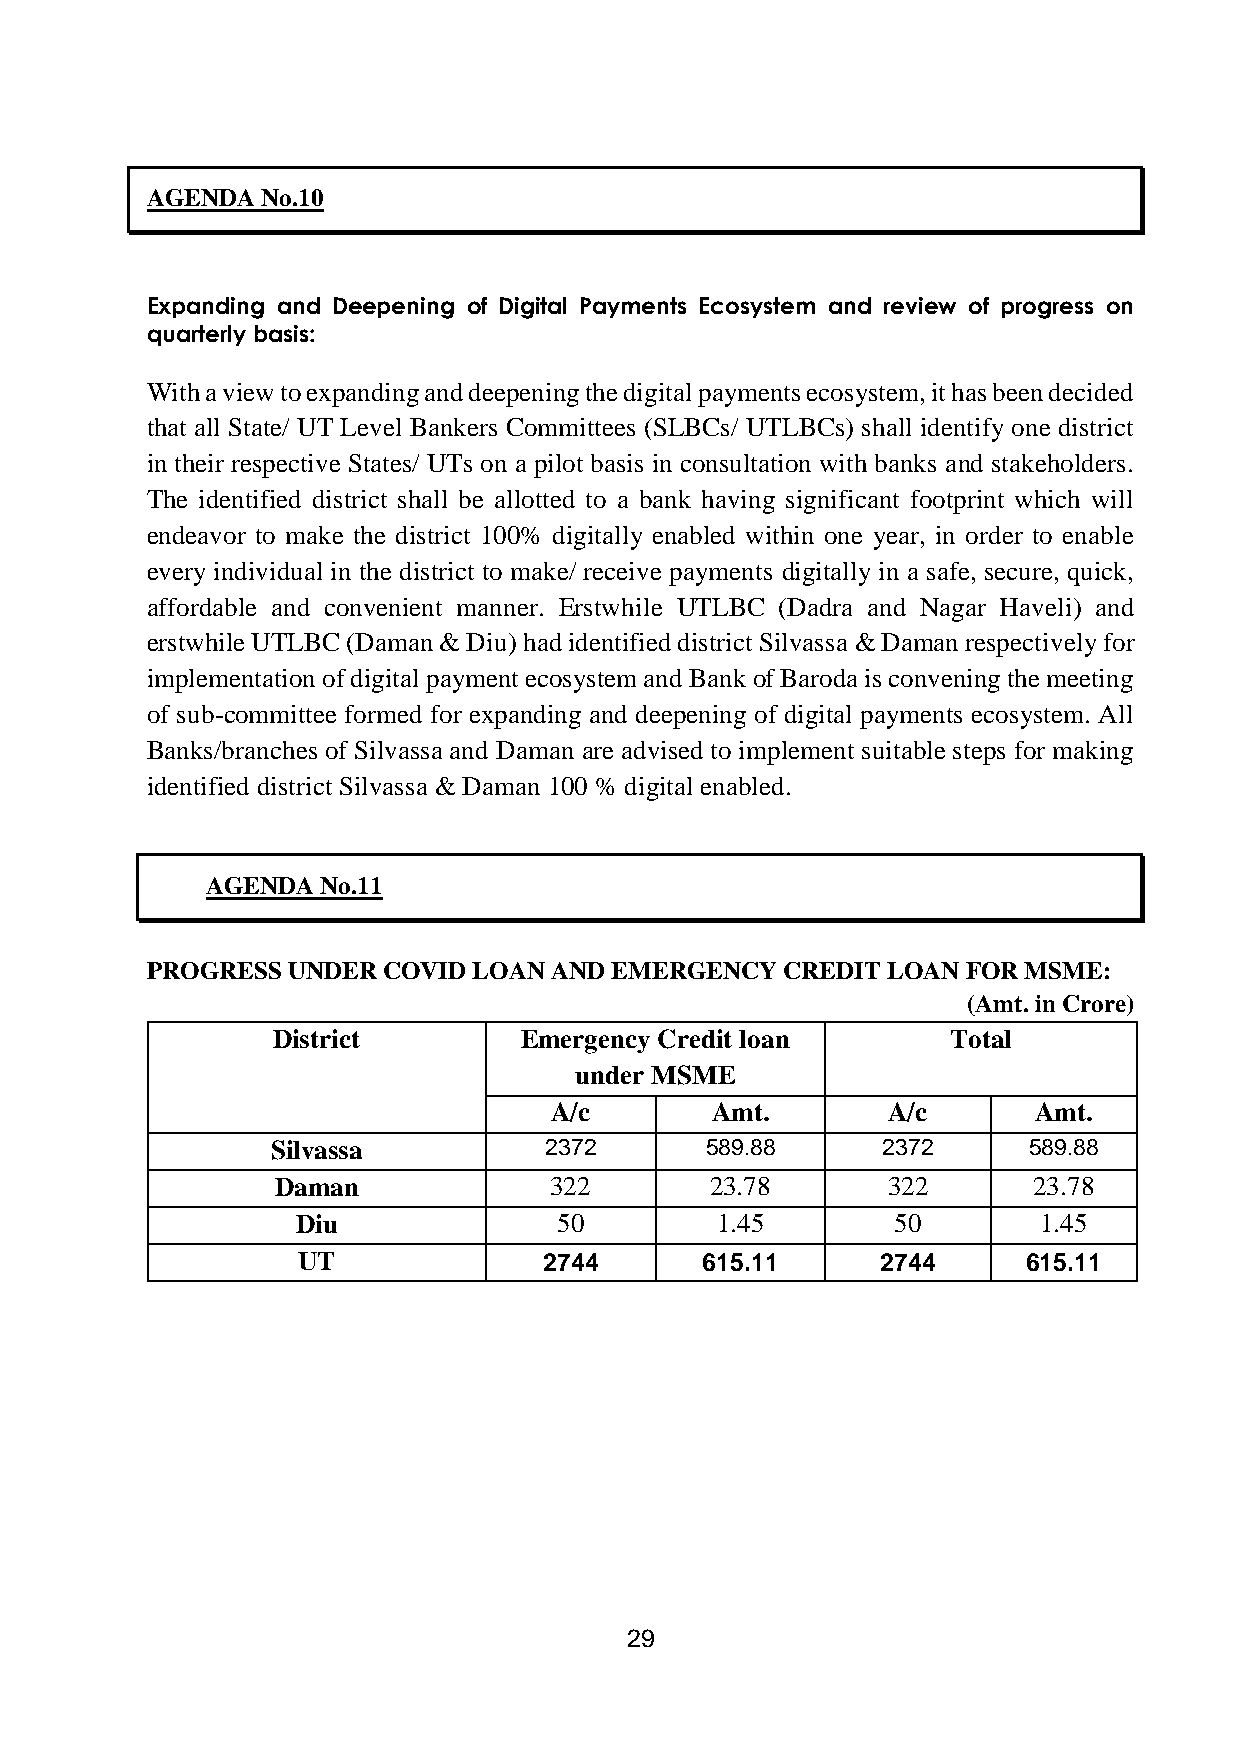
AGENDA No.10
 Expanding and Deepening of Digital Payments Ecosystem and review of progress on
 quarterly basis:
 With a view to expanding and deepening the digital payments ecosystem, it has been decided
 that all State/ UT Level Bankers Committees (SLBCs/ UTLBCs) shall identify one district
 in their respective States/ UTs on a pilot basis in consultation with banks and stakeholders.
 The identified district shall be allotted to a bank having significant footprint which will
 endeavor to make the district 100% digitally enabled within one year, in order to enable
 every individual in the district to make/ receive payments digitally in a safe, secure, quick,
 affordable and convenient manner. Erstwhile UTLBC (Dadra and Nagar Haveli) and
 erstwhile UTLBC (Daman & Diu) had identified district Silvassa & Daman respectively for
 implementation of digital payment ecosystem and Bank of Baroda is convening the meeting
 of sub-committee formed for expanding and deepening of digital payments ecosystem. All
 Banks/branches of Silvassa and Daman are advised to implement suitable steps for making
 identified district Silvassa & Daman 100 % digital enabled.
 AGENDA No.11
 PROGRESS UNDER COVID LOAN AND EMERGENCY   CREDIT LOAN FOR MSME:
 (Amt. in Crore)
 District        Emergency Credit loan        Total
 under MSME
 A/c        Amt.        A/c      Amt.
 Silvassa          2372       589.88     2372      589.88
 Daman             322        23.78       322      23.78
 Diu              50        1.45        50        1.45
 UT              2744      615.11      2744      615.11
 29